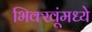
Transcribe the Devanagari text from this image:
भिक्खूंमध्ये